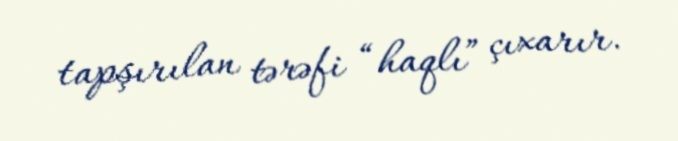
tapşırılan tərəfi “haqlı” çıxarır.